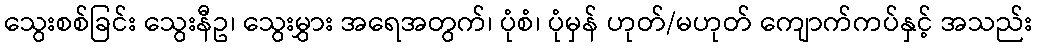
သွေးစစ်ခြင်း သွေးနီဥ၊ သွေးမွှား အရေအတွက်၊ ပုံစံ၊ ပုံမှန် ဟုတ်/မဟုတ် ကျောက်ကပ်နှင့် အသည်း